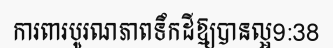
ការពារបូរណភាពទឹកដីឱ្យបានល្អ9:38